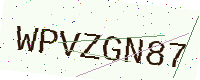
Text: WPVZGN87